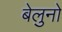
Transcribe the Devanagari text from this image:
बेलुनो